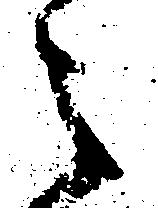
之